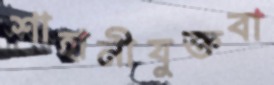
শাহানীযুক্তবা